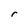
Character: r